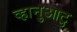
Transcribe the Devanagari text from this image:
व्हानुआटु